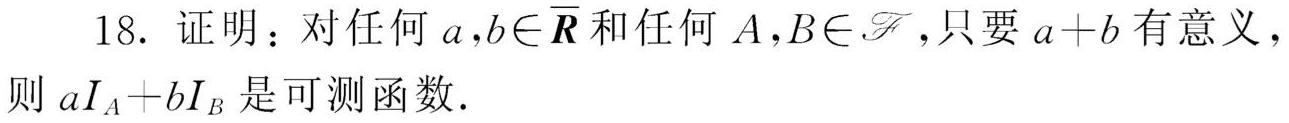
18. 证明：对任何 $a,b\in\overline{\boldsymbol{R}}$ 和任何 $A,B\in\mathscr{F}$, 只要 $a + b$ 有意义，则 $aI_A + bI_B$ 是可测函数.